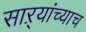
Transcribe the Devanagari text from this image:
साऱ्यांच्याच